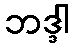
ဘဒ္ဒါ